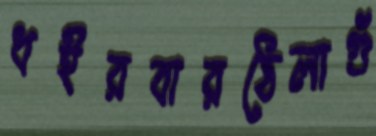
ধইরবারঠেলাগুঁ